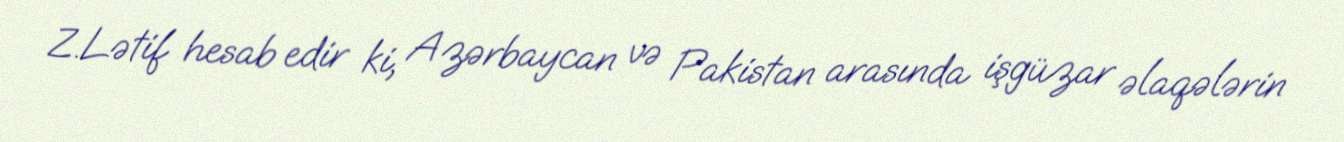
Z.Lətif hesab edir ki, Azərbaycan və Pakistan arasında işgüzar əlaqələrin